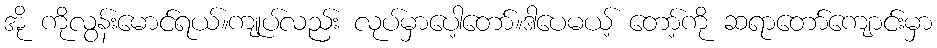
အို ကိုလွန်းမောင်ရယ်။ကျုပ်လည်း လုပ်မှာပေါ့တော်။ဒါပေမယ့် တော့်ကို ဆရာတော်ကျောင်းမှာ